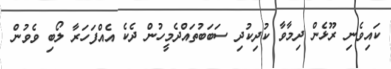
ކައިވެނި ރޫޅެން ދިމާވާ ކުދިކުދި ސަބަބުތައްދެމީހުން ދެކެ އެއްފަހަރާ ލޯބި ވެވުން